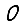
Digit: 0